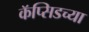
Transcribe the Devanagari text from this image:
कॅप्सिडच्या